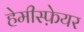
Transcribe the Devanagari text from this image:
हेमीस्फ़ेयर